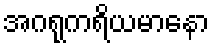
အဂရုကရိယမာနော